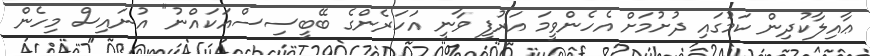
ޢާއިލާކުދިން ކަމުގައި ދުށުމަށް އެހެންވީމަ އަރުފީ ވާނީ އަހަރެންގެ ބޭބީސިސްއަކައްނު" އުނައިސް މިހެން